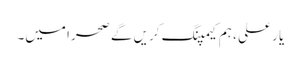
یا ر علی ، ہم کیمپنگ کریں گے صحرا میں۔